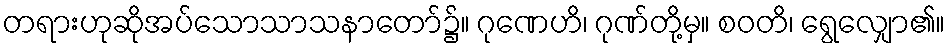
တရားဟုဆိုအပ်သောသာသနာတော်၌။ ဂုဏေဟိ၊ ဂုဏ်တို့မှ။ စဝတိ၊ ရွေလျှော၏။